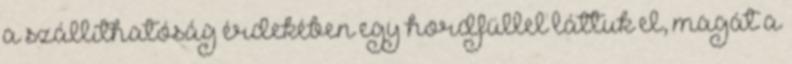
a szállíthatóság érdekében egy hordfüllel láttuk el, magát a